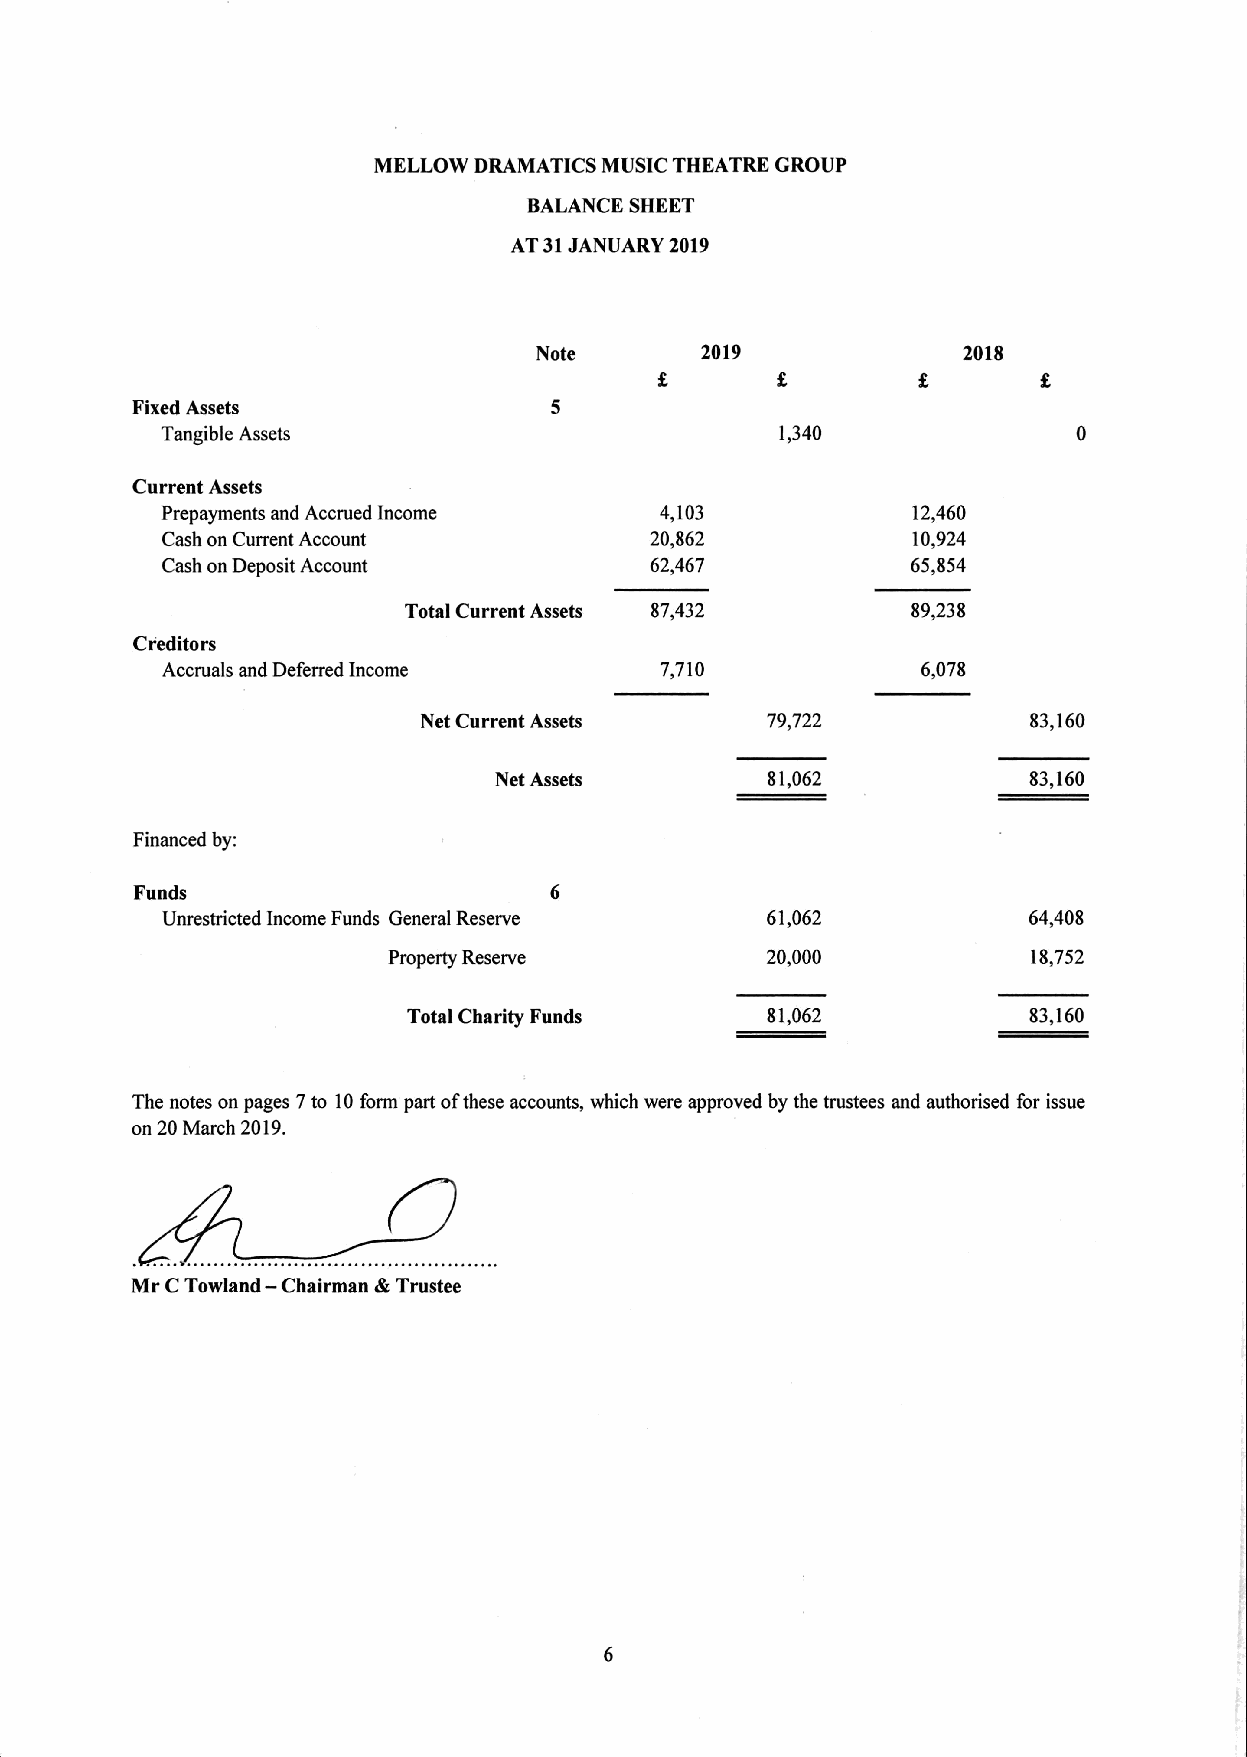
MELLOW DRAMATICS MUSIC THEATRE GROUP
 BALANCE SHEET
 AT31JANUARY 2019
 Note       2019              2018
 Fixed Assets
 Tangible Assets                          1,340
 Current Assets
 Prepayments and Accrued Income   4,103           12,460
 Cash on Current Account         20,862           10,924
 Cash on Deposit Account         62,467           65,854
 Total Current Assets 87,432      89,238
 Creditors
 Accruals and Deferred Income     7,710            6,078
 Net Current Assets     79,722           83,160
 Net Assets        81,062           83,160
 Financed by:
 Funds
 Unrestricted Income Funds General Reserve 61,062         64,408
 Property Reserve         20,000           18,752
 Total Charity Funds     81,062           83,160
 The notes on pages 7to 10form part ofthese accounts, which were approved by the trustees and authorised for issue
 on 20March 2019.
 Mr CTowland — Chairman dk Trustee